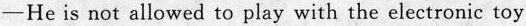
—He is not allowed to play with the electronic toy